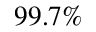
9 9 . 7 \%